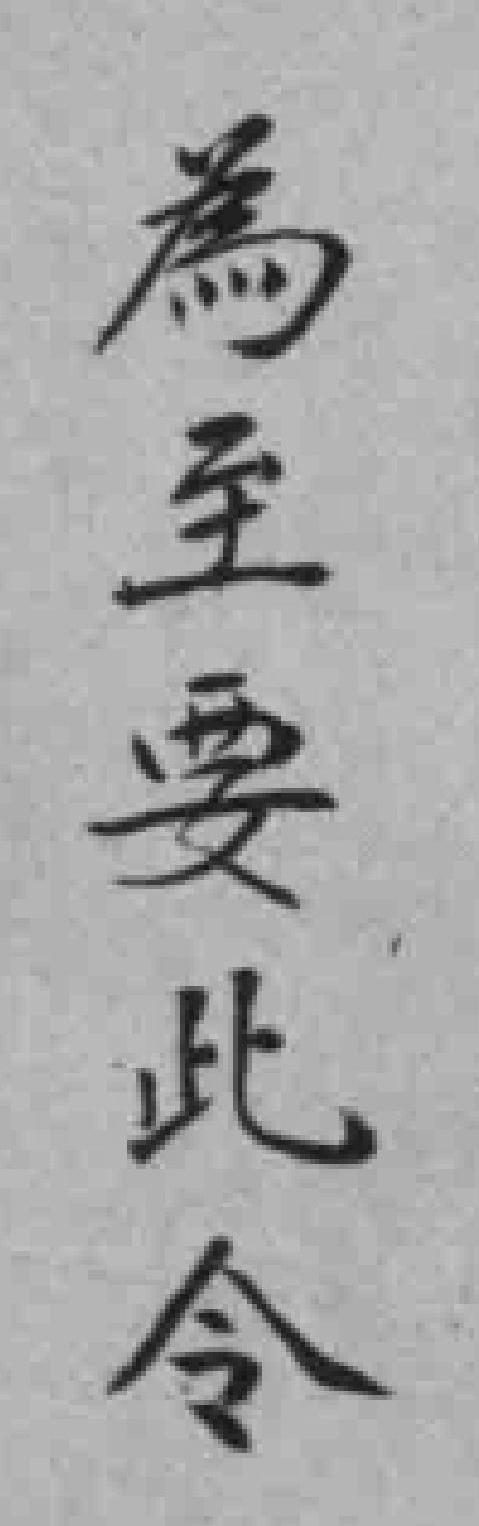
為至要此令